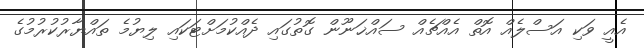
އެއީ ވަކި އަސްލެއް އޮތް އެއްޗެއް ސައްޚަނޫން ގޮތުގައި ދެއްކުމަށްޓަކައި ލިޔުމެ ތައްޔާރުކުރުމުގެ